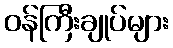
ဝန်ကြီးချုပ်များ